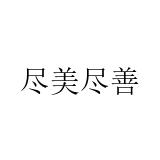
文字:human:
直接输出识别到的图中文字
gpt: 尽美尽善